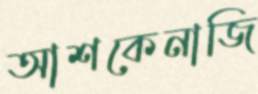
আশকেনাজি